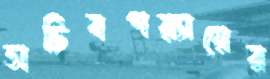
সচিবপর্যায়ের